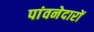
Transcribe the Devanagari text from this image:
पांवनेदारों